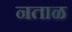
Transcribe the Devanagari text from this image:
नताळ